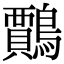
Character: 𪆲